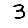
Digit: 3